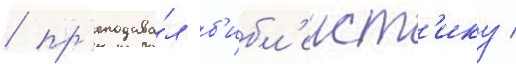
/ пр'еподава́л б'ибл'еист'ику /